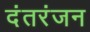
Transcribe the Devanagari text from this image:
दंतरंजन